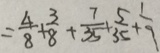
= \frac { 4 } { 8 } + \frac { 3 } { 8 } + \frac { 7 } { 3 5 } + \frac { 5 } { 3 5 } + \frac { 1 } { 9 }